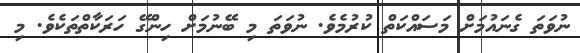
ނުވަތަ ގެނައުމަށް މަސައްކަތް ކުރުމެވެ. ނުވަތަ މި ބޭނުމަށް ހިންގޭ ހަރަކާތްތަކެވެ. މި